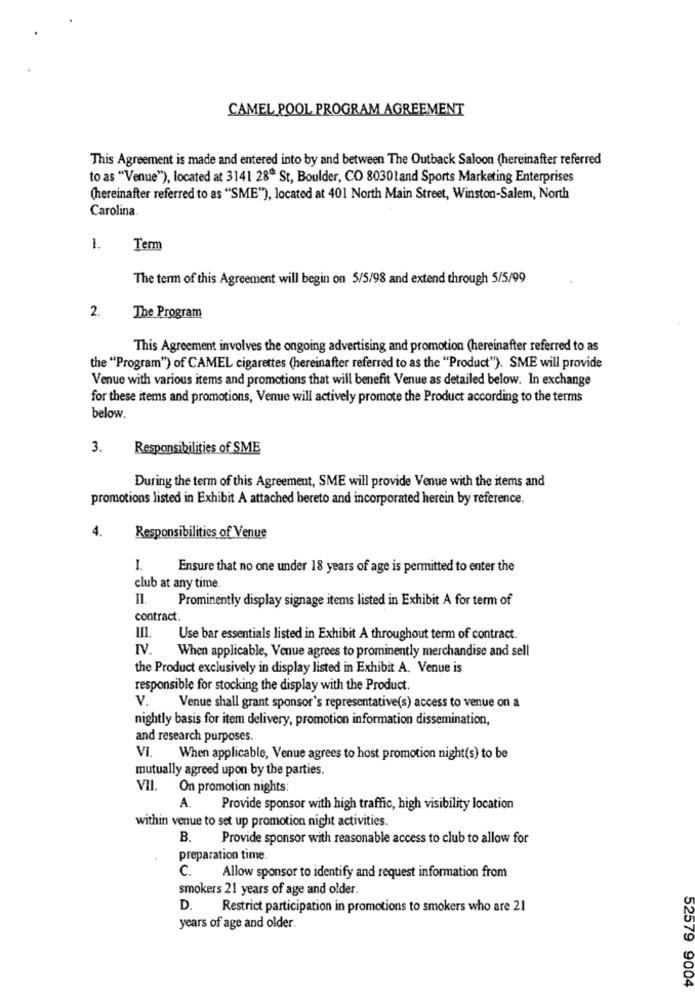
CAMEL POOL PROGRAM AGREEMENT
This Agreement is made and entered into by and between The Outback Saloon (hereinafter referred
to as "Venue"), located at 3141 28" St, Boulder, CO 8030 land Sports Marketing Enterprises
(hereinafter referred to as "SME"), located at 401 North Main Street, Winston-Salem, North
Carolina.
1.
Term
The term of this Agreement will begin on 5/5/98 and extend through 5/5/99
2.
The Program
This Agreement involves the ongoing advertising and promotion (hereinafter referred to as
the "Program") of CAMEL cigarettes (hereinafter referred to as the "Product"). SME will provide
Venue with various items and promotions that will benefit Venue as detailed below. In exchange
for these items and promotions, Venue will actively promote the Product according to the terms
below.
3.
Responsibilities of SME
During the term of this Agreement, SME will provide Venue with the items and
promotions listed in Exhibit A attached bereto and incorporated herein by reference.
4.
Responsibilities of Venue
-
Ensure that no one under 18 years of age is permitted to enter the
club at any time.
n.
Prominently display signage items listed in Exhibit A for term of
contract.
Use bar essentials listed in Exhibit A throughout term of contract.
IV.
When applicable, Venue agrees to prominently merchandise and sell
the Product exclusively in display listed in Exhibit A. Venue is
responsible for stocking the display with the Product.
v.
Venue shall grant sponsor's representative(s) access to venue on a
nightly basis for item delivery, promotion information dissemination,
and research purposes.
VI. When applicable, Venue agrees to host promotion night(s) to be
mutually agreed upon by the parties.
VII.
On promotion nights:
A.
Provide sponsor with high traffic, high visibility location
within venue to set up promotion night activities.
B.
Provide sponsor with reasonable access to club to allow for
preparation time.
C.
Allow sponsor to identify and request information from
smokers 21 years of age and older.
D. Restrict participation in promotions to smokers who are 21
years of age and older.
52579 9004